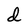
Character: d